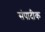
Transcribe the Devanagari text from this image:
संपादीक